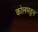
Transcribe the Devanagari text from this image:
कोलमडुन